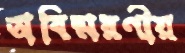
অবিষ্মরণীয়